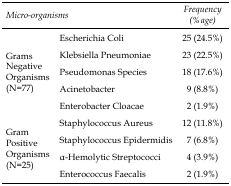
| <COLSPAN=2> Micro-organisms | Frequency (%age) |
 | --- | --- | --- |
 | <ROWSPAN=5> Grams Negative Organisms (N=77) | Escherichia Coli | 25 (24.5%) |
 | Klebsiella Pneumoniae | 23 (22.5%) |
 | Pseudomonas Species | 18 (17.6%) |
 | Acinetobacter | 9 (8.8%) |
 | Enterobacter Cloacae | 2 (1.9%) |
 | <ROWSPAN=4> Gram Positive Organisms (N=25) | Staphylococcus Aureus | 12 (11.8%) |
 | Staphylococcus Epidermidis | 7 (6.8%) |
 | α-Hemolytic Streptococci | 4 (3.9%) |
 | Enterococcus Faecalis | 2 (1.9%) |